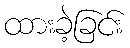
ထားခဲ့ခြင်း